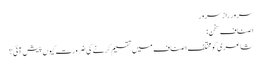
سرور راز سرور
اصنافِ سخن :
شاعری کو مختلف اصناف میں تقسیم کرنے کی ضرورت کیوں پیش آئی؟